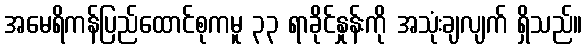
အမေရိကန်ပြည်ထောင်စုကမူ ၃၃ ရာခိုင်နှုန်းကို အသုံးချလျက် ရှိသည်။